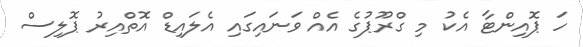
ހަ ޕޮއިންޓާ އެކު މި ގްރޫޕުގެ އެއް ވަނައިގައި އެލައިޑް އޮތްއިރު ޕޮލިސް